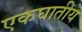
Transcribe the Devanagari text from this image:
एकघातीय